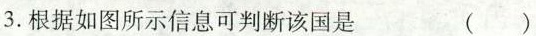
3.根据如图所示信息可判断该国是 ()